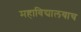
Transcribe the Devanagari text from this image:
महाविद्यालयाच